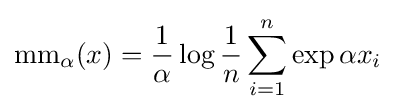
\mathrm {mm} _{\alpha }(x)={\frac {1}{\alpha }}\log {\frac {1}{n}}\sum _{i=1}^{n}\exp \alpha x_{i}